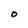
Character: O